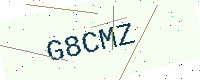
Text: G8CMZ